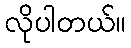
လိုပါတယ်။